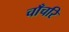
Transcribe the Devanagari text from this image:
चाँचरि